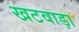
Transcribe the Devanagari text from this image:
खटवाड़ा